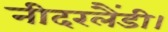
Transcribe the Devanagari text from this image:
नीदरलैंडी।